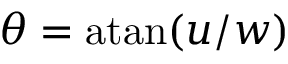
\theta = \mathrm { a t a n } ( u / w )